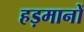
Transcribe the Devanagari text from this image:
हड़मानों